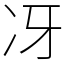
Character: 冴